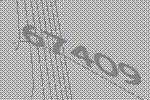
67409